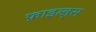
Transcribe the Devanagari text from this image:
फ़ाइल्ड्स